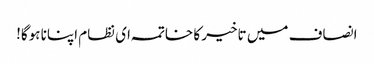
انصاف میں تاخیر کا خاتمہ ای نظام اپنانا ہوگا!